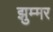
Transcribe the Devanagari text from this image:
झुम्मर